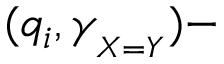
( q _ { i } , \gamma _ { _ { X = Y } } ) -